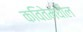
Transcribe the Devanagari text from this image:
कवितेमधील